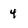
Character: 4